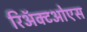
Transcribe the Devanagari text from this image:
रिअॅक्टओएस